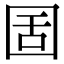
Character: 𡇜